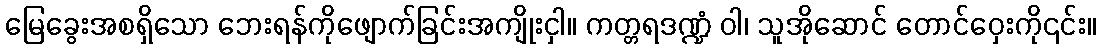
မြေခွေးအစရှိသော ဘေးရန်ကိုဖျောက်ခြင်းအကျိုးငှါ။ ကတ္တရဒဏ္ဍံ ဝါ၊ သူအိုဆောင် တောင်ဝှေးကို၎င်း။